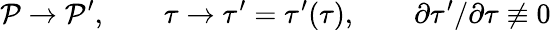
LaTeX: {\cal P}\rightarrow{\cal P}^{\prime},\qquad\tau\rightarrow\tau^{\prime}=\tau^{\prime}(\tau),\qquad\partial\tau^{\prime}/\partial\tau\not\equiv 0